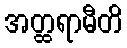
အတ္ထရာမီတိ